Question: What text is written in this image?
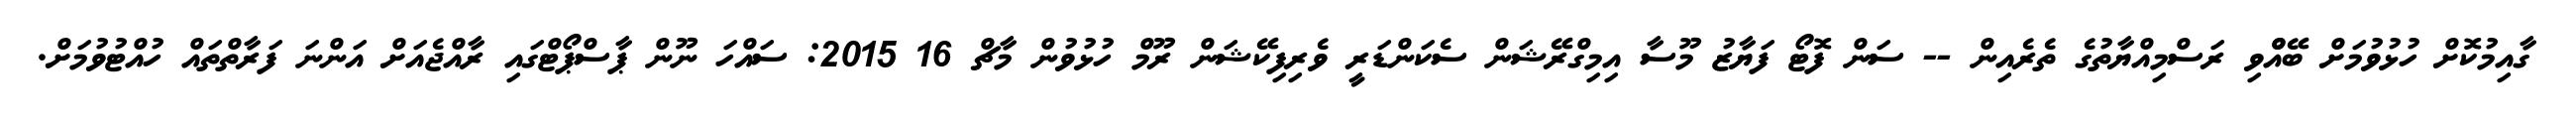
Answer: ގާއިމުކޮށް ހުޅުވުމަށް ބޭއްްވި ރަސްމިއްޔާތުގެ ތެރެއިން -- ސަން ފޮޓޯ ފަޔާޒު މޫސާ އިމިގްރޭޝަން ސެކަންޑަރީ ވެރިފިކޭޝަން ރޫމް ހުޅުވުން މާޗް 16 2015: ސައްހަ ނޫން ޕާސްޕޯޓްގައި ރާއްޖެއަށް އަންނަ ފަރާތްތައް ހުއްޓުވުމަށް.